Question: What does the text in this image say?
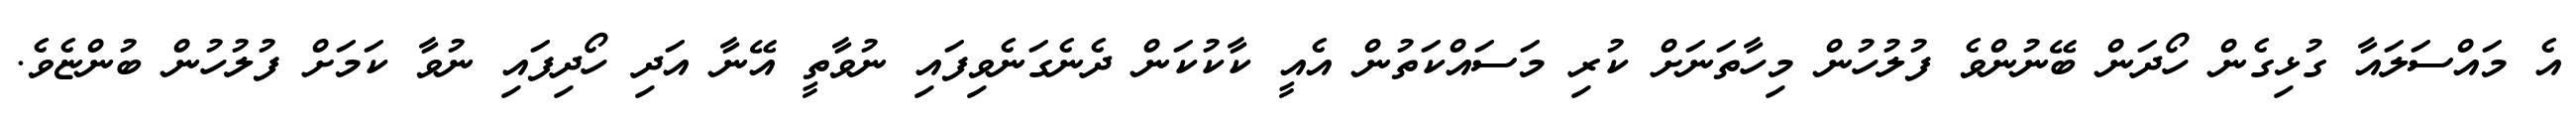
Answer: އެ މައްސަލައާ ގުޅިގެން ހޯދަން ބޭނުންވެ ފުލުހުން މިހާތަނަށް ކުރި މަސައްކަތުން އެއީ ކާކުކަން ދެނެގަނެވިފައި ނުވާތީ އޭނާ އަދި ހޯދިފައި ނުވާ ކަމަށް ފުލުހުން ބުންޏެވެ.